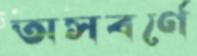
অসবর্ণে